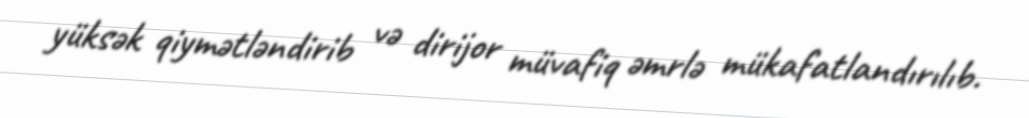
yüksək qiymətləndirib və dirijor müvafiq əmrlə mükafatlandırılıb.